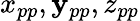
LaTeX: x_{pp},\mathbf{y}_{pp},z_{pp}